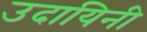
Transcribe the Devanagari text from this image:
उदायिनी